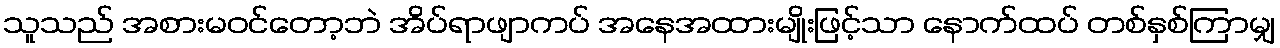
သူသည် အစားမဝင်တော့ဘဲ အိပ်ရာဖျာကပ် အနေအထားမျိုးဖြင့်သာ နောက်ထပ် တစ်နှစ်ကြာမျှ